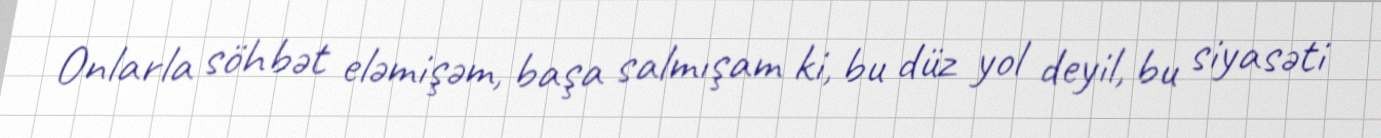
Onlarla söhbət eləmişəm, başa salmışam ki, bu düz yol deyil, bu siyasəti